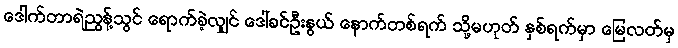
ဒေါက်တာရဲညွန့်သွင် ရောက်ခဲ့လျှင် ဒေါ်ခင်ဦးနွယ် နောက်တစ်ရက် သို့မဟုတ် နှစ်ရက်မှာ မြေလတ်မှ